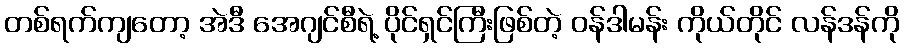
တစ်ရက်ကျတော့ အဲဒီ အေဂျင်စီရဲ့ ပိုင်ရှင်ကြီးဖြစ်တဲ့ ဝန်ဒါမန်း ကိုယ်တိုင် လန်ဒန်ကို